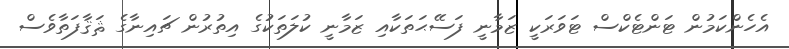
އެހެންކަމުން ޓަންޓެކްސް ޓަވަރަކީ ޒަމާނީ ފަސޭޙަތަކާއި ޒަމާނީ ކުލަތަކުގެ އިތުރުން ޗައިނާގެ ޘަޤާފަތާވެސް